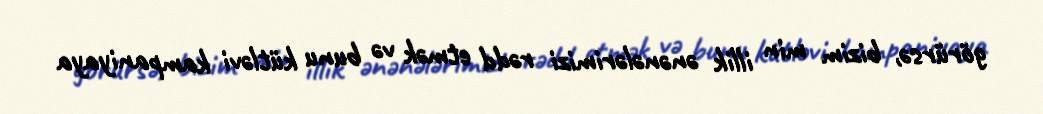
görürsə, bizim min illik ənənələrimizi rədd etmək və bunu kütləvi kampaniyaya